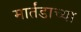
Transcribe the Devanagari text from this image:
मार्तंडाच्या